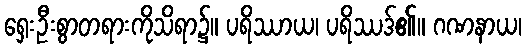
ရှေးဦးစွာတရားကိုသိရာ၌။ ပရိဿာယ၊ ပရိဿဒ်၏။ ဂဏနာယ၊